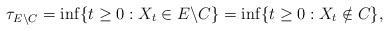
LaTeX: \begin{align*} \tau_{E \backslash C} = \inf\{t \geq 0: X_t \in E \backslash C\} = \inf\{t \geq 0: X_t \notin C\},\end{align*}